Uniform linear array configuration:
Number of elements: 12
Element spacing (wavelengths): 0.5
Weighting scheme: kaiser
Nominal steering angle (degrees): -45
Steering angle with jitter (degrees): -45.711
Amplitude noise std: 0.05
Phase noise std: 0.05

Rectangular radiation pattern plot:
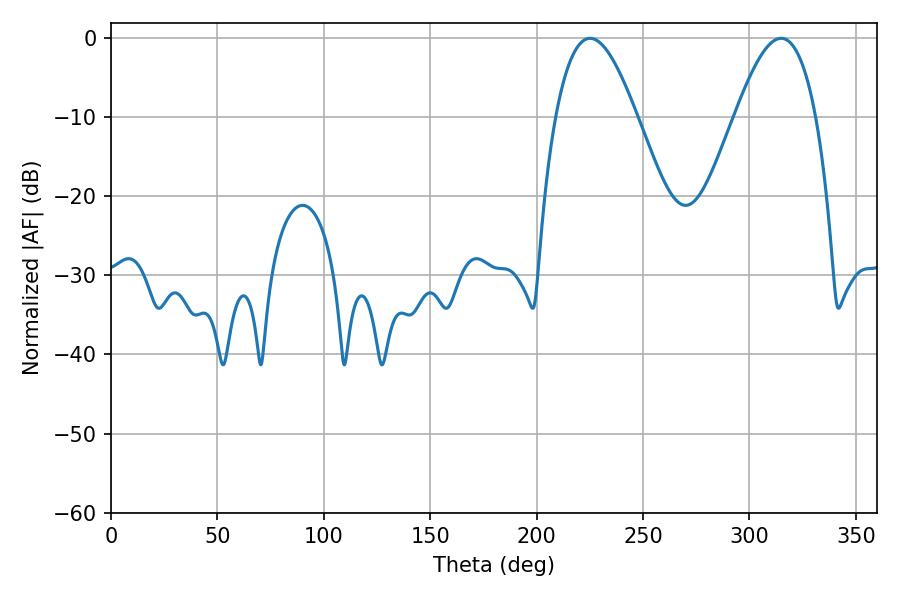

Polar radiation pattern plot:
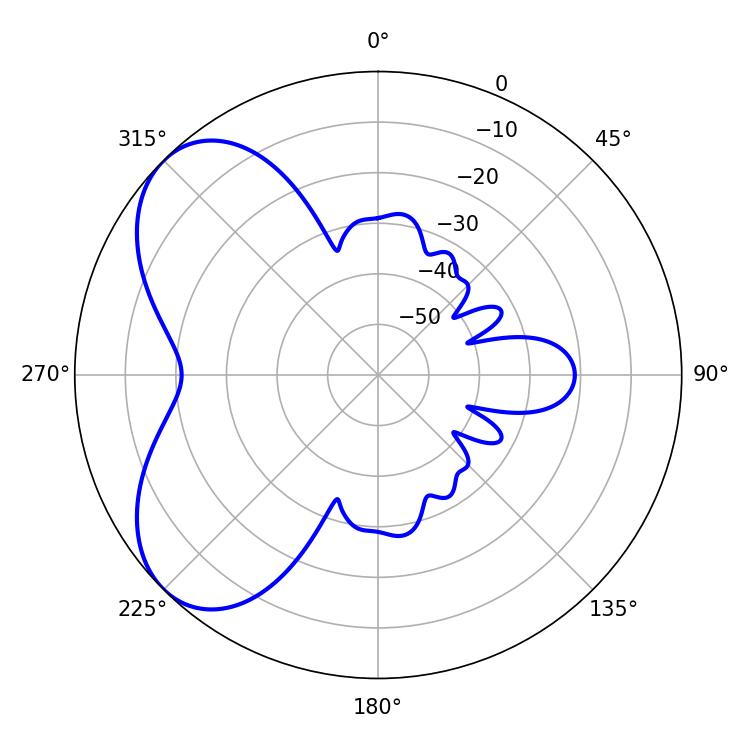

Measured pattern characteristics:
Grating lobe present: FALSE
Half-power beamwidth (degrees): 20.7
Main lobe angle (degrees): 225.18